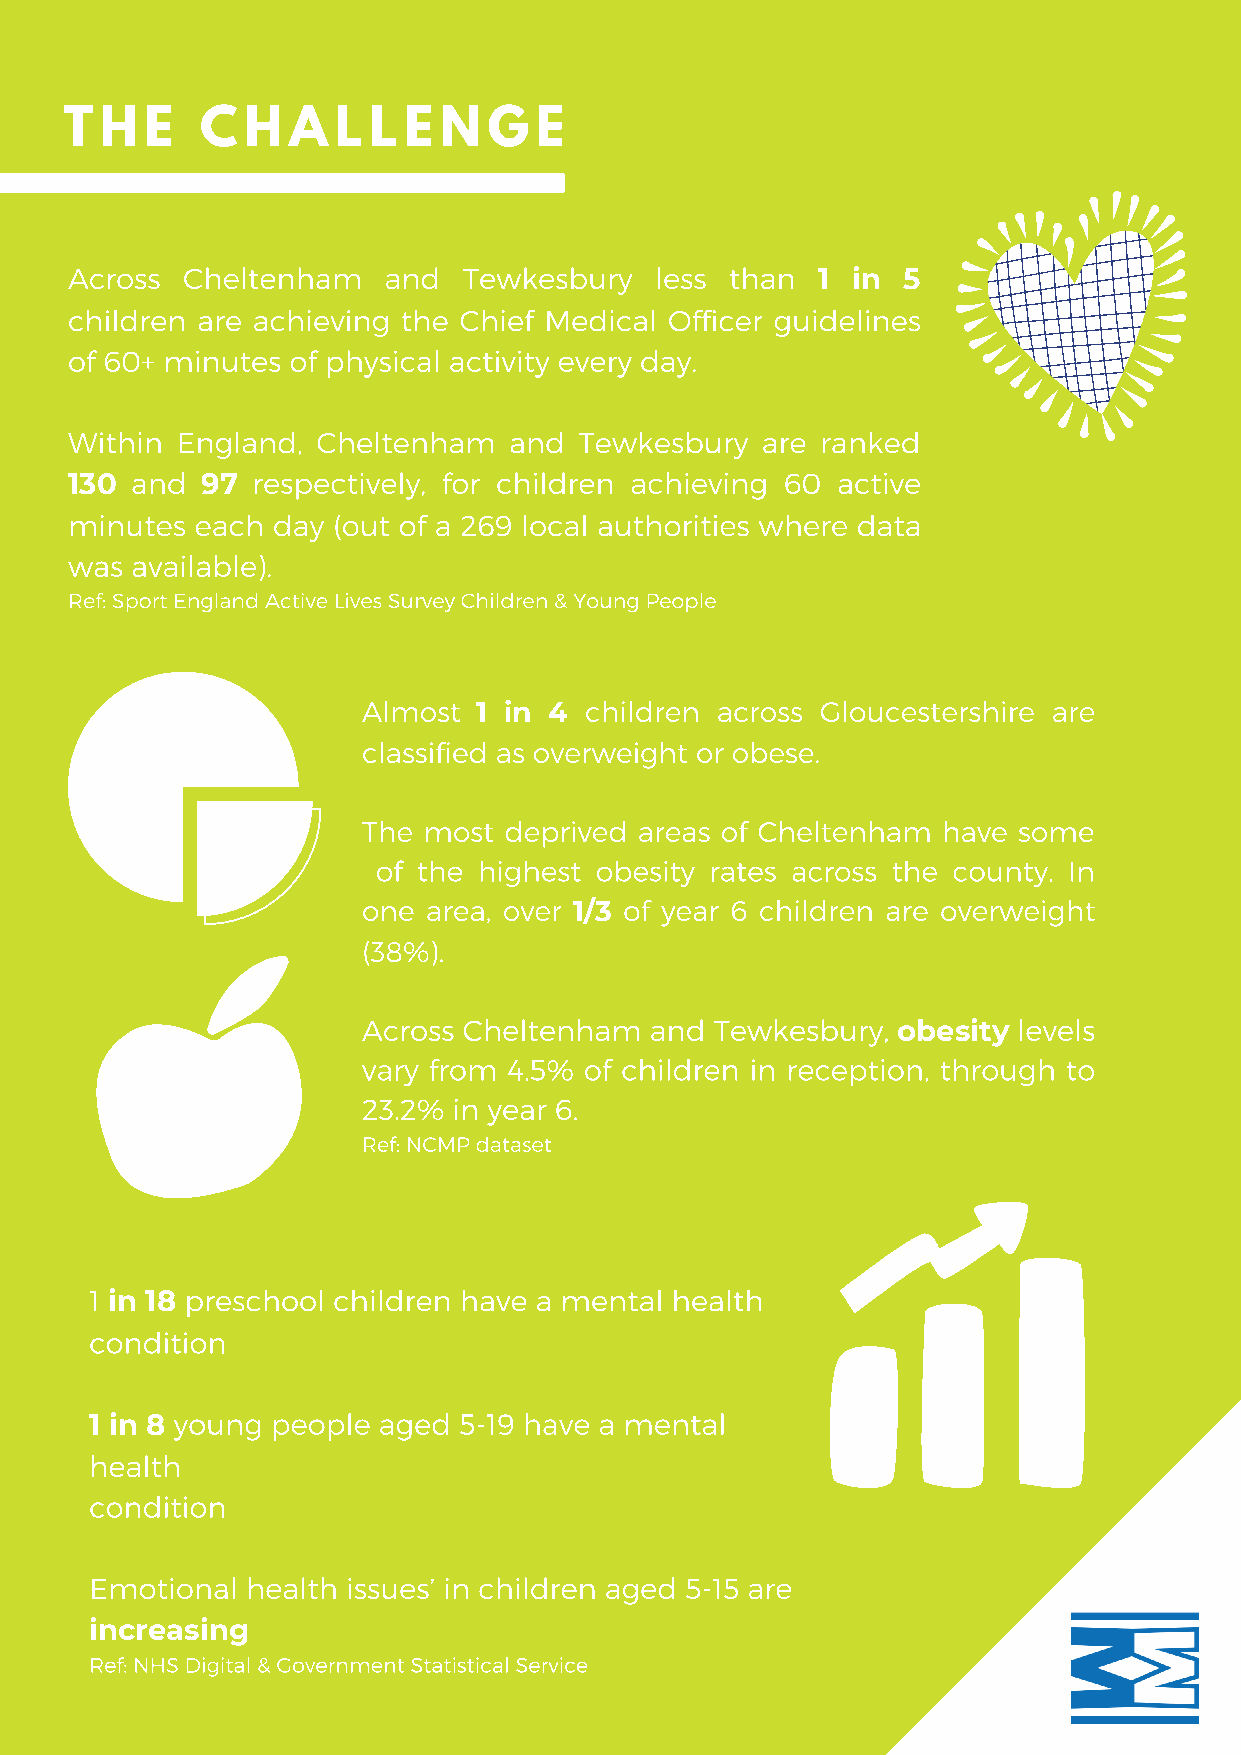
T  H  E  C  H  A  L L  E N  G  E
 Across  Cheltenham   and   Tewkesbury  less than
 1 in  5
 children are achieving the Chief Medical Officer guidelines
 of 60+ minutes of physical activity every day.
 Within  England, Cheltenham   and Tewkesbury  are ranked
 and     respectively, for children achieving 60 active
 130      97
 minutes  each day (out of a 269 local authorities where data
 was  available).
 Ref: Sport England Active Lives Survey Children & Young People
 Almost         children across Gloucestershire are
 1 in 4
 classified as overweight or obese.
 The most deprived areas of Cheltenham have some
 of the highest obesity rates across the county. In
 one area, over   of year 6 children are overweight
 1/3
 (38%).
 Across Cheltenham  and Tewkesbury,         levels
 obesity
 vary from 4.5% of children in reception, through to
 23.2% in year 6.
 Ref: NCMP dataset
 1     preschool children have a mental health
 in 18
 condition
 young  people aged 5-19 have a mental
 1 in 8
 health
 condition
 Emotional health issues’ in children aged 5-15 are
 increasing
 Ref: NHS Digital & Government Statistical Service